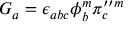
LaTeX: G _ { a } = \epsilon _ { a b c } \phi _ { b } ^ { m } \pi _ { c } ^ { \prime \prime m }